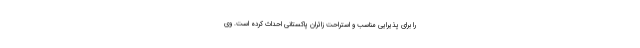
را برای پذیرایی مناسب و استراحت زائران پاکستانی احداث کرده است. وی